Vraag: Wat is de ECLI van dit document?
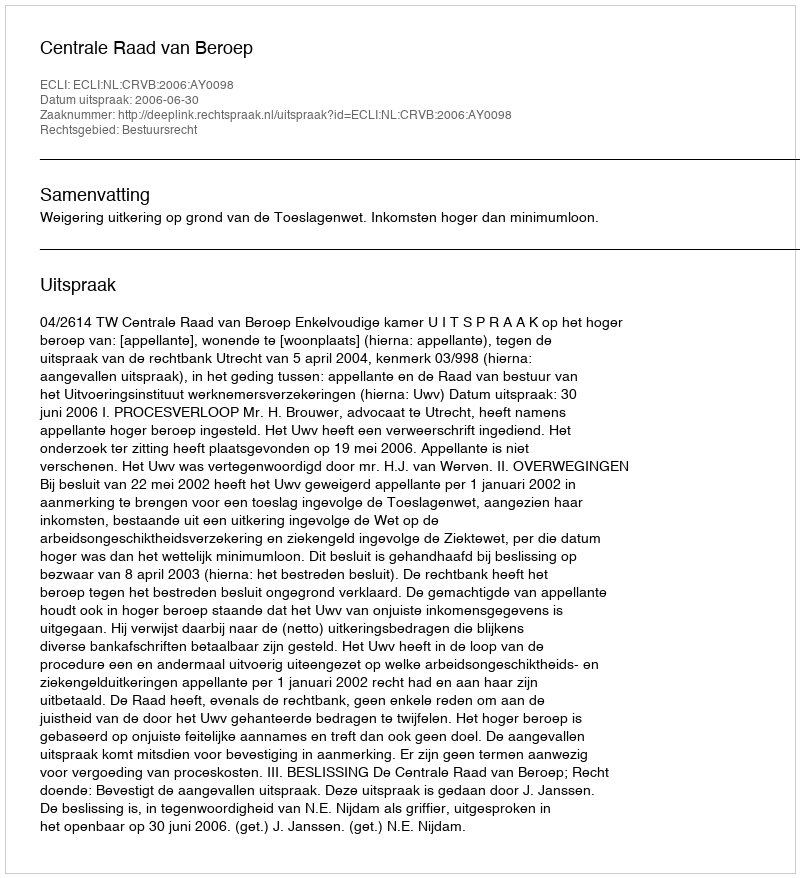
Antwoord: ECLI:NL:CRVB:2006:AY0098